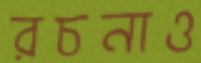
রচনাও